Sketch of the medical history of the native army of Bombay, for the year
Year: 1876
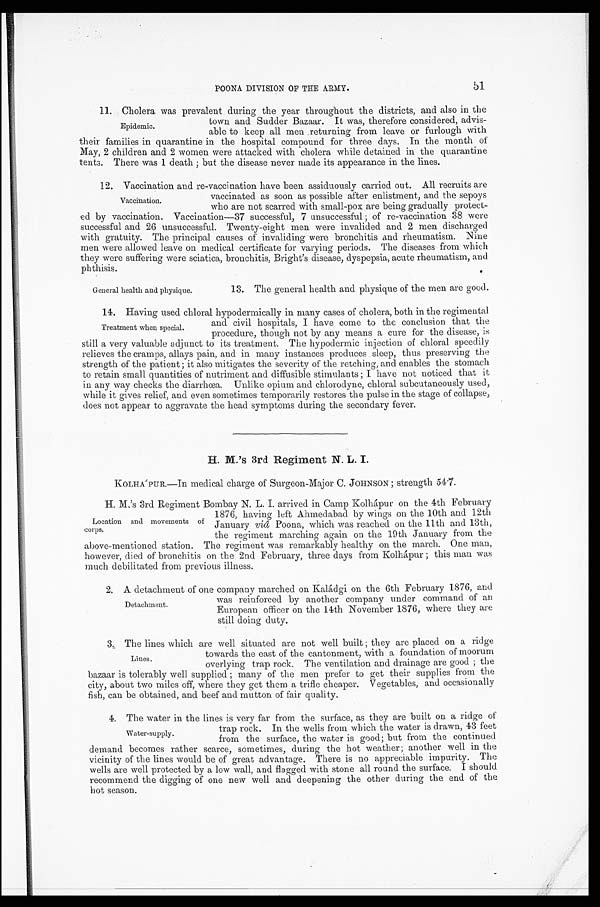
POONA DIVISION OF THE ARMY.
11. Cholera was prevalent during the year throughout the districts, and also in the
town and Sudder Bazaar. It was, therefore considered, advis
-
able to keep all men returning from leave or furlough with
their families in quarantine in the hospital compound for three days. In the month of
May, 2 children and 2 women were attacked with cholera while detained in the quarantine
tents. There was 1 death; but the disease never made its appearance in the lines.
12. Vaccination and re-vaccination have been assiduously carried out. All recruits are
vaccinated as soon as possible after enlistment, and the sepoys
who are not scarred with small-pox are being gradually protect--
ed by vaccination. Vaccination—37 successful, 7 unsuccessful ; of re-vaccination 38 were
successful and 26 unsuccessful. Twenty-eight men were invalided and 2 men discharged
with gratuity. The principal causes of invaliding were bronchitis and rheumatism. Nine
men were allowed leave on medical certificate for varying periods. The diseases from which
they were suffering were sciatica, bronchitis, Bright's disease, dyspepsia, acute rheumatism, and
phthisis.
Epidemic.
Vaccination.
General health and physique.
13. The general health and physique of the men are good.
14. Having used chloral hypodermically in many cases of cholera, both in the regimental
and civil hospitals, I have come to the conclusion that the
procedure, though not by any means a cure for the disease, is
still a very valuable adjunct to its treatment. The hypodermic injection of chloral speedily
relieves the cramps, allays pain, and in many instances produces sleep, thus preserving the
strength of the patient; it also mitigates the severity of the retching, and enables the stomach
to retain small quantities of nutriment and diffusible stimulants; I have not noticed that i t
in any way checks the diarrhœa. Unlike opium and chorodyne, chloral subcutaneously used,
while it gives relief, and even sometimes temporarily restores the pulse in the stage of collapse,
does not appear to aggravate the head symptoms during the secondary fever.
H. M.'s 3rd Regiment N. L. I.
KOLHA'PUR.—In medical charge of Surgeon-Major C. JOHNSON; strength 54.7.
H. M,'s 3rd Regiment Bombay N. L. I. arrived in Camp Kolhápur on the 4th February
1876, having left Ahmedabad by wings on the 10th and 12th
January viâ Poona, which was reached on the 11th and 13th,
the regiment marching again on the 19th January from the
above-mentioned station. The regiment was remarkably healthy on the march. One man,
however, died of bronchitis on the 2nd February, three days from Kolhápur ; this man was
much debilitated from previous illness.
2. A detachment of one company marched on Kaládgi on the 6th February 1876, and
was reinforced by another company under command of an
European officer on the 14th November 1876, where they are
still doing duty.
3. The lines which are well situated are not well built ; they are placed on a ridge
towards the east of the cantonment, with a foundation of moorum
overlying trap rock. The ventilation and drainage are good; the
bazaar is tolerably well supplied; many of the men prefer to get their supplies from the
city, about two miles off, where they get them a trifle cheaper. Vegetables, and occasionally
fish, can be obtained, and beef and mutton of fair quality.
4. The water in the lines is very far from the surface, as they are built on a ridge of
trap rock. In the wells from which the water is drawn, 43 feet
from the surface, the water is good; but from the continued
demand becomes rather scarce, sometimes, during the hot weather; another well in the
vicinity of the lines would be of great advantage. There is no appreciable impurity. The
wells are well protected by a low and flagged with stone all round the surface. I should
recommend the digging of one new well and deepening the other during the end of the
h o t s e a s o n .
Treatment when special.
Location and movements of
corps.
Detachment.
Lines.
Water-supply.